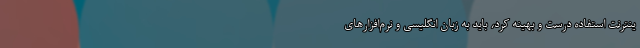
ینترنت استفاده درست و بهینه کرد، باید به زبان انگلیسی و نرم‌افزارهای